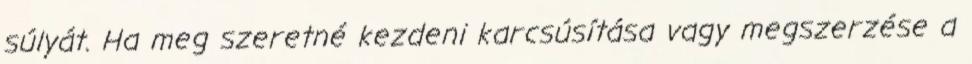
súlyát. Ha meg szeretné kezdeni karcsúsítása vagy megszerzése a